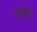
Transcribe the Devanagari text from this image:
दूरक्षेत्र